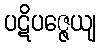
ပဋိပဇ္ဇေယျ